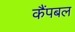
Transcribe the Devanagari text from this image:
कैंपबल